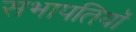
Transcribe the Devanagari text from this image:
सभापतियॉ